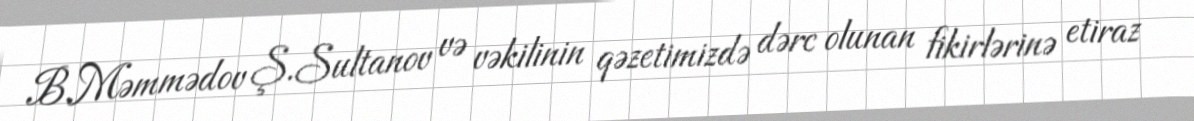
B.Məmmədov Ş.Sultanov və vəkilinin qəzetimizdə dərc olunan fikirlərinə etiraz